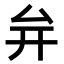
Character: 𭆚